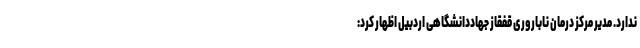
ندارد. مدیر مرکز درمان ناباروری قفقاز جهاددانشگاهی اردبیل اظهار کرد: